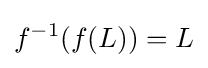
f^{-1}(f(L))=L